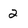
Character: 2